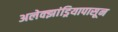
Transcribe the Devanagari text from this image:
अलेक्झांड्रियापासून